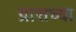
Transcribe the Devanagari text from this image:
ग्रासच्या